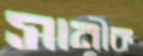
সানীক